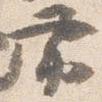
帯